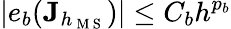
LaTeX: |e_{b}(\mathbf{J}_{h_{\mathrm{~M~S~}}})|\le C_{b}h^{p_{b}}